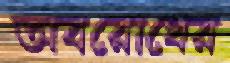
অবরোধের